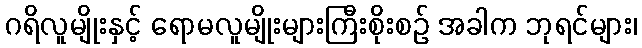
ဂရိလူမျိုးနှင့် ရောမလူမျိုးများကြီးစိုးစဉ် အခါက ဘုရင်များ၊